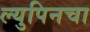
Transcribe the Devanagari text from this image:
ल्युपिनचा